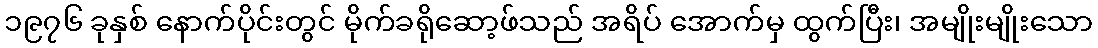
၁၉၇၆ ခုနှစ် နောက်ပိုင်းတွင် မိုက်ခရိုဆော့ဖ်သည် အရိပ် အောက်မှ ထွက်ပြီး၊ အမျိုးမျိုးသော